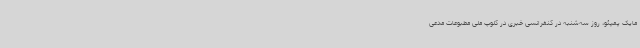
مایک پمپئو، روز سه‌شنبه در کنفرانسی خبری در کلوپ ملی مطبوعات مدعی